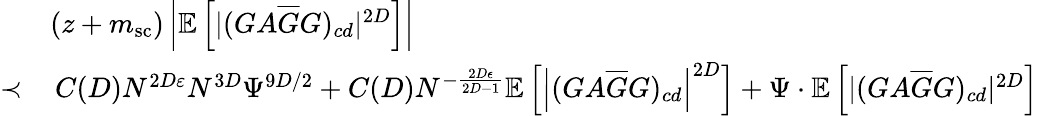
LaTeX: \begin{array}{rl}&{(z+m_{\mathrm{sc}})\left|\mathbb E\left[|(GA\overline{G}G)_{cd}|^{2D}\right]\right|}\\ {\prec}&{\, C(D)N^{2D\varepsilon}N^{3D}\Psi^{9D/2}+C(D)N^{-\frac{2D\epsilon}{2D-1}}\mathbb{E}\left[\left|(GA\overline{{G}}G)_{cd}\right|^{2D}\right]+\Psi\cdot\mathbb E\left[|(GA\overline{G}G)_{cd}|^{2D}\right]}\end{array}